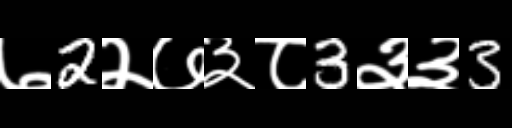
Text: ७2२७३८3३३3